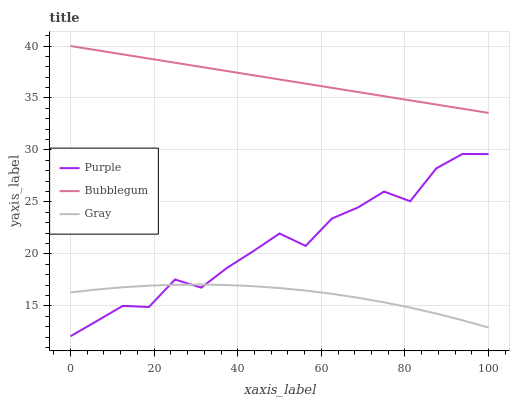
| xaxis_label | Purple | Bubblegum | Gray |
 | --- | --- | --- | --- |
 | 0 | 12.1 | 40 | 16.3 |
 | 6.25 | 13.5 | 39.6 | 16.6 |
 | 12.5 | 15 | 39.2 | 16.8 |
 | 18.8 | 14.9 | 38.8 | 16.9 |
 | 25 | 17.5 | 38.4 | 17 |
 | 31.2 | 16.8 | 38 | 17.1 |
 | 37.5 | 18.7 | 37.6 | 17 |
 | 43.8 | 20.3 | 37.2 | 16.9 |
 | 50 | 22 | 36.8 | 16.7 |
 | 56.2 | 20.8 | 36.4 | 16.5 |
 | 62.5 | 23.4 | 36 | 16.2 |
 | 68.8 | 24.5 | 35.6 | 15.8 |
 | 75 | 26 | 35.2 | 15.3 |
 | 81.2 | 25.1 | 34.8 | 14.8 |
 | 87.5 | 28.2 | 34.4 | 14.3 |
 | 93.8 | 29.6 | 34 | 13.6 |
 | 100 | 29.6 | 33.6 | 12.9 |